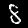
Digit: 8